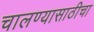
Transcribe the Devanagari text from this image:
चालण्यासाठीचा